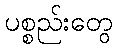
ပစ္စည်းတွေ